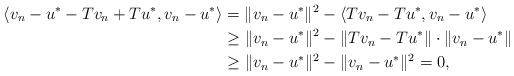
LaTeX: \begin{align*} \left\langle v_n-u^*-Tv_n+Tu^*,v_n-u^*\right\rangle&=\Vert v_n-u^*\Vert^2-\left\langle Tv_n-Tu^*,v_n-u^*\right\rangle\\ &\ge\Vert v_n-u^*\Vert^2-\Vert Tv_n-Tu^*\Vert\cdot\Vert v_n-u^*\Vert\\ &\ge\Vert v_n-u^*\Vert^2-\Vert v_n-u^*\Vert^2=0, \end{align*}